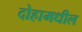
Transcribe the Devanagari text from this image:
दोहामधील